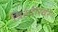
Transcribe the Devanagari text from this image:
ब्रिहदीस्वर